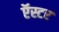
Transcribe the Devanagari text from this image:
ऍस्टर